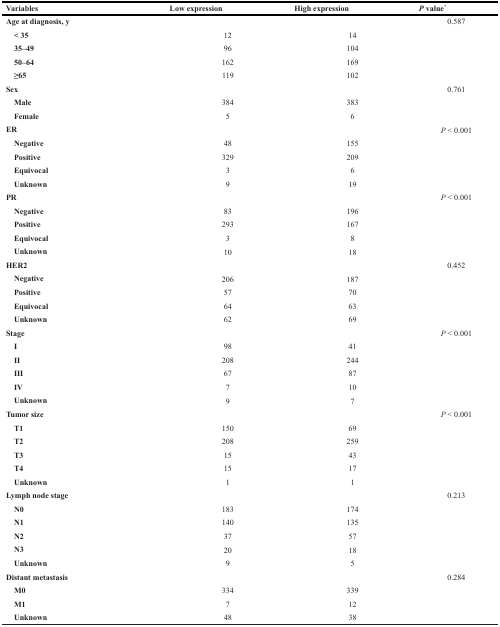
<table><thead><tr><td><b>Variables</b></td><td><b>Low expression</b></td><td><b>High expression</b></td><td><b><i>P</i> value<sup>*</sup></b></td></tr></thead><tbody><tr><td><b>Age at diagnosis, y</b></td><td></td><td></td><td>0.587</td></tr><tr><td> <b>&lt; 35</b></td><td>12</td><td>14</td><td></td></tr><tr><td> <b>35–49</b></td><td>96</td><td>104</td><td></td></tr><tr><td> <b>50–64</b></td><td>162</td><td>169</td><td></td></tr><tr><td> <b>≥65</b></td><td>119</td><td>102</td><td></td></tr><tr><td><b>Sex</b></td><td></td><td></td><td>0.761</td></tr><tr><td> <b>Male</b></td><td>384</td><td>383</td><td></td></tr><tr><td> <b>Female</b></td><td>5</td><td>6</td><td></td></tr><tr><td><b>ER</b></td><td></td><td></td><td><i>P</i> &lt; 0.001</td></tr><tr><td> <b>Negative</b></td><td>48</td><td>155</td><td></td></tr><tr><td> <b>Positive</b></td><td>329</td><td>209</td><td></td></tr><tr><td> <b>Equivocal</b></td><td>3</td><td>6</td><td></td></tr><tr><td> <b>Unknown</b></td><td>9</td><td>19</td><td></td></tr><tr><td><b>PR</b></td><td></td><td></td><td><i>P</i> &lt; 0.001</td></tr><tr><td> <b>Negative</b></td><td>83</td><td>196</td><td></td></tr><tr><td> <b>Positive</b></td><td>293</td><td>167</td><td></td></tr><tr><td> <b>Equivocal</b></td><td>3</td><td>8</td><td></td></tr><tr><td> <b>Unknown</b></td><td>10</td><td>18</td><td></td></tr><tr><td><b>HER2</b></td><td></td><td></td><td>0.452</td></tr><tr><td> <b>Negative</b></td><td>206</td><td>187</td><td></td></tr><tr><td> <b>Positive</b></td><td>57</td><td>70</td><td></td></tr><tr><td> <b>Equivocal</b></td><td>64</td><td>63</td><td></td></tr><tr><td> <b>Unknown</b></td><td>62</td><td>69</td><td></td></tr><tr><td><b>Stage</b></td><td></td><td></td><td><i>P</i> &lt; 0.001</td></tr><tr><td> <b>I</b></td><td>98</td><td>41</td><td></td></tr><tr><td> <b>II</b></td><td>208</td><td>244</td><td></td></tr><tr><td> <b>III</b></td><td>67</td><td>87</td><td></td></tr><tr><td> <b>IV</b></td><td>7</td><td>10</td><td></td></tr><tr><td> <b>Unknown</b></td><td>9</td><td>7</td><td></td></tr><tr><td><b>Tumor size</b></td><td></td><td></td><td><i>P</i> &lt; 0.001</td></tr><tr><td> <b>T1</b></td><td>150</td><td>69</td><td></td></tr><tr><td> <b>T2</b></td><td>208</td><td>259</td><td></td></tr><tr><td> <b>T3</b></td><td>15</td><td>43</td><td></td></tr><tr><td> <b>T4</b></td><td>15</td><td>17</td><td></td></tr><tr><td> <b>Unknown</b></td><td>1</td><td>1</td><td></td></tr><tr><td><b>Lymph node stage</b></td><td></td><td></td><td>0.213</td></tr><tr><td> <b>N0</b></td><td>183</td><td>174</td><td></td></tr><tr><td> <b>N1</b></td><td>140</td><td>135</td><td></td></tr><tr><td> <b>N2</b></td><td>37</td><td>57</td><td></td></tr><tr><td> <b>N3</b></td><td>20</td><td>18</td><td></td></tr><tr><td> <b>Unknown</b></td><td>9</td><td>5</td><td></td></tr><tr><td><b>Distant metastasis</b></td><td></td><td></td><td>0.284</td></tr><tr><td> <b>M0</b></td><td>334</td><td>339</td><td></td></tr><tr><td> <b>M1</b></td><td>7</td><td>12</td><td></td></tr><tr><td> <b>Unknown</b></td><td>48</td><td>38</td><td></td></tr></tbody></table>